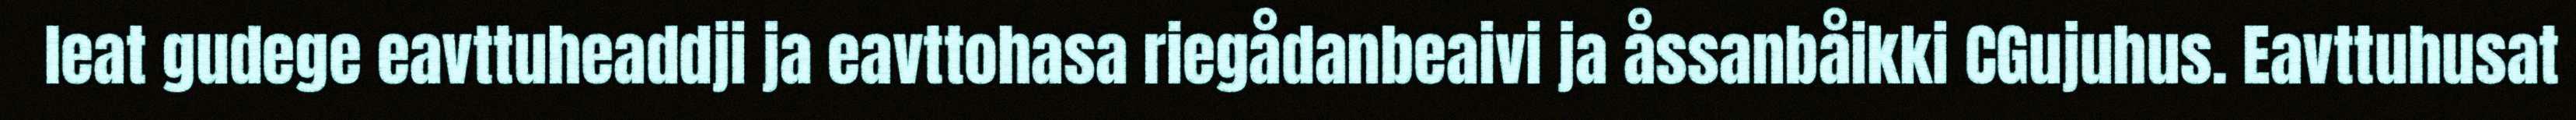
leat gudege eavttuheaddji ja eavttohasa riegådanbeaivi ja åssanbåikki CGujuhus. Eavttuhusat